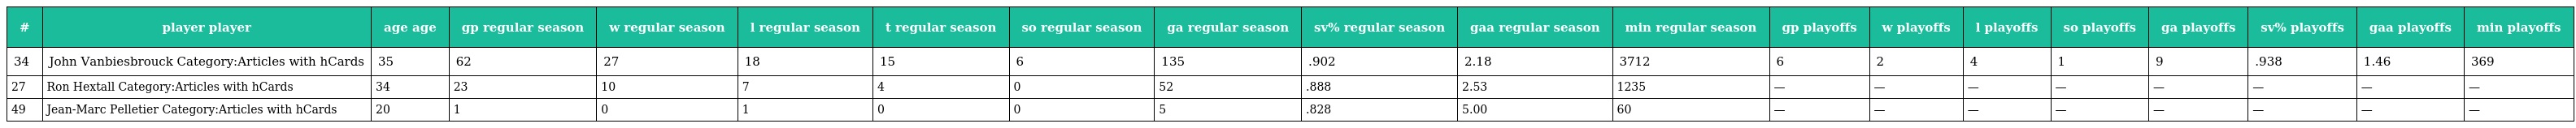
| # | player player | age age | gp regular season | w regular season | l regular season | t regular season | so regular season | ga regular season | sv% regular season | gaa regular season | min regular season | gp playoffs | w playoffs | l playoffs | so playoffs | ga playoffs | sv% playoffs | gaa playoffs | min playoffs |
 | --- | --- | --- | --- | --- | --- | --- | --- | --- | --- | --- | --- | --- | --- | --- | --- | --- | --- | --- | --- |
 | 34 | John Vanbiesbrouck Category:Articles with hCards | 35 | 62 | 27 | 18 | 15 | 6 | 135 | .902 | 2.18 | 3712 | 6 | 2 | 4 | 1 | 9 | .938 | 1.46 | 369 |
 | 27 | Ron Hextall Category:Articles with hCards | 34 | 23 | 10 | 7 | 4 | 0 | 52 | .888 | 2.53 | 1235 | — | — | — | — | — | — | — | — |
 | 49 | Jean-Marc Pelletier Category:Articles with hCards | 20 | 1 | 0 | 1 | 0 | 0 | 5 | .828 | 5.00 | 60 | — | — | — | — | — | — | — | — |